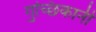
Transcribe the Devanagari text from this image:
गुच्छिकानी